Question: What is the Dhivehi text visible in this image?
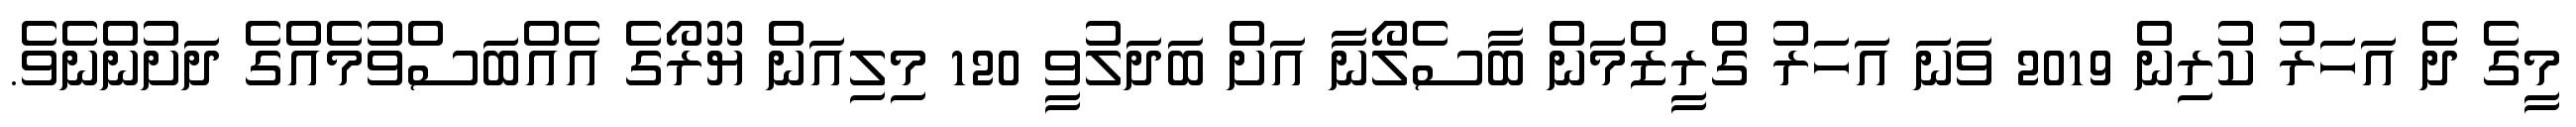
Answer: މީގެ ދެ އަހަރު ކުރިން 2019 ވަނަ އަހަރު ގްރީޒްމަން ބާސެލޯނާ އަށް ބަދަލުވީ 120 މިލިއަން ޔޫރޯގެ އެއްބަސްވުމެއްގެ ދަށުންނެވެ.